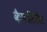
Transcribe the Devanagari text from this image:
कैपसिटेंस